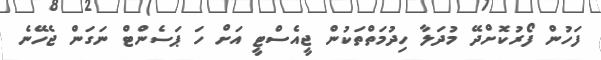
ފަހުން ފޯރުކޮށްދޭ މުދަލާ ހިދުމަތްތަކުން ޖީއެސްޓީ އަށް ހަ ޕަސެންޓް ނަގަން ޖެހޭނެ